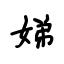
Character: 娣